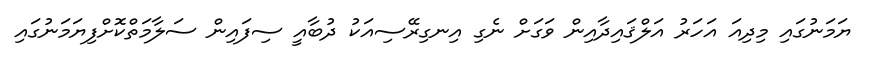
ޔަމަނުގައި މިދިއަ އަހަރު އަލްޤައިދާއިން ވަގަށް ނެގި އިނގިރޭސިއަކު ދުބާއީ ސިފައިން ސަލާމަތްކޮށްފިޔަމަނުގައި